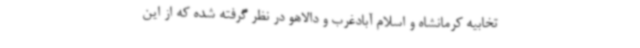
تخابیه کرمانشاه و اسلام آبادغرب و دالاهو در نظر گرفته شده که از این